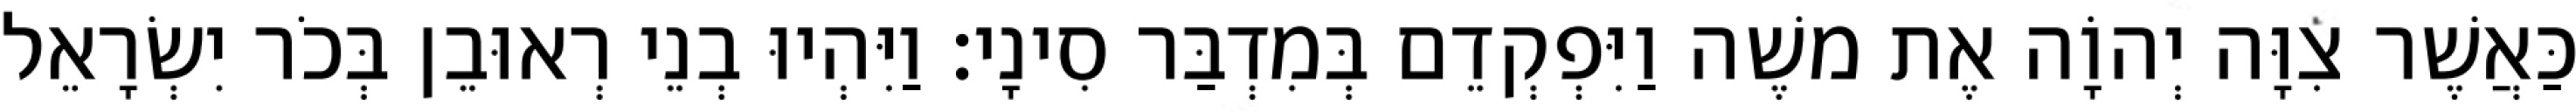
כַּאֲשֶׁר צִוָּה יְהוָֹה אֶת משֶׁה וַיִּפְקְדֵם בְּמִדְבַּר סִינָי׃ וַיִּהְיוּ בְנֵי רְאוּבֵן בְּכֹר יִשְׂרָאֵל